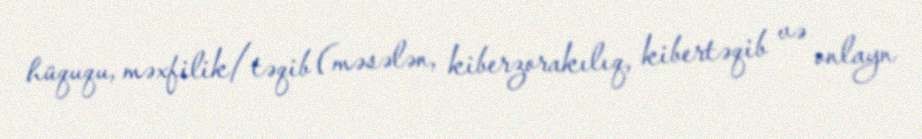
hüququ, məxfilik/təqib (məsələn, kiberzorakılıq, kibertəqib və onlayn